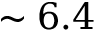
\sim 6 . 4